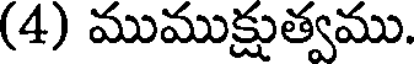
(4) ముముక్షుత్వము.